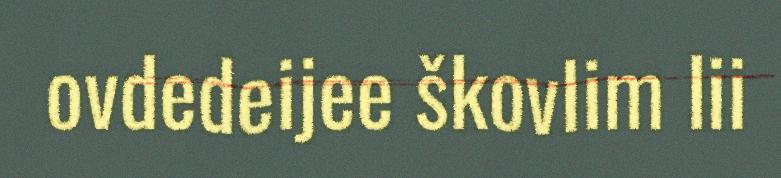
ovdedeijee škovlim lii